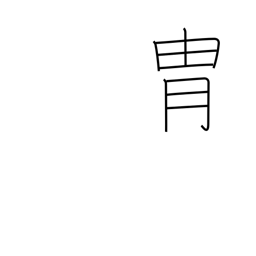
Meaning: bloodline